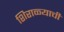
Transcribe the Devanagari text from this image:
शिराळ्याची